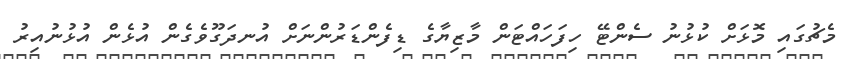
މެޗުގައި މޮޅަށް ކުޅުނު ސެންޓޭ ހިފަހައްޓަން މާޒިޔާގެ ޑިފެންޑަރުންނަށް އުނދަގޫވެގެން އުޅެން އުޅުނުއިރު